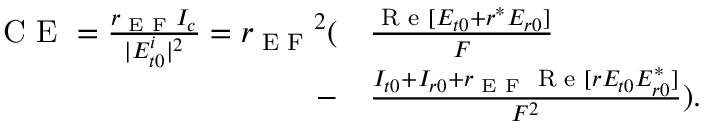
\begin{array} { r l } { \textrm { C E } = \frac { r _ { \textrm { E F } } I _ { c } } { | E _ { t 0 } ^ { i } | ^ { 2 } } = { r _ { \textrm { E F } } } ^ { 2 } ( } & { \frac { \textrm { R e } [ E _ { t 0 } + r ^ { * } E _ { r 0 } ] } { F } } \\ { - } & { \frac { I _ { t 0 } + I _ { r 0 } + r _ { \textrm { E F } } \textrm { R e } [ r E _ { t 0 } E _ { r 0 } ^ { * } ] } { F ^ { 2 } } ) . } \end{array}